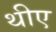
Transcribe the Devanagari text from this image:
थीए